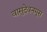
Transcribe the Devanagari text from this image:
वासुदेवनमूस